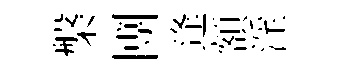
槃圑逢額淫